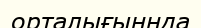
орталығыннда